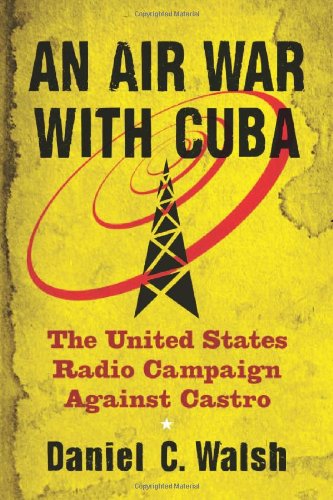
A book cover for An Air War with Cuba: The United States Radio Campaign Against Castro; Daniel C. Walsh; Humor & Entertainment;